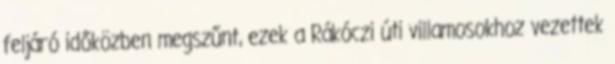
feljáró időközben megszűnt, ezek a Rákóczi úti villamosokhoz vezettek